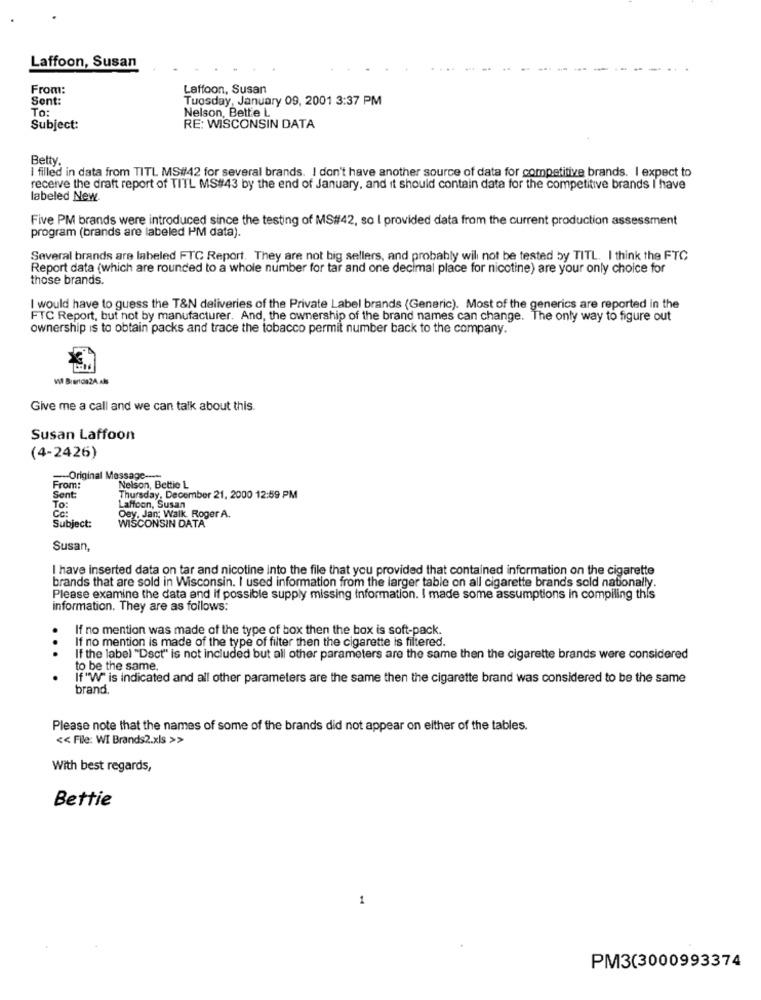
Laffoon, Susan
From:
Laffoon, Susan
Sent:
Tuesday, January 09, 2001 3:37 PM
Nelson, Bette L
To:
Subject:
RE: WISCONSIN DATA
Betty.
I filled in data from TITL MS#42 for several brands. I don't have another source of data for competitive brands. I expect to
receive the draft report of TITL MS#43 by the end of January, and it should contain data for the competitive brands I have
labeled New
Five PM brands were introduced since the testing of MS#42, so I provided data from the current production assessment
program (brands are labeled PM data).
Several brands are labeled FTC Report. They are not big sellers, and probably will not be tested by TITL. I think the FTC
Report data (which are rounded to a whole number for tar and one decimal place for nicotine) are your only choice for
those brands.
I would have to guess the T&N deliveries of the Private Label brands (Generic). Most of the generics are reported in the
FTC Report, but not by manufacturer. And, the ownership of the brand names can change. The only way to figure out
ownership is to obtain packs and trace the tobacco permit number back to the company.
Give me a call and we can talk about this.
Susan Laffoon
(4-2426)
-Original Message ----
From:
Nelson, Bettie L
Sent:
Thursday, December 21, 2000 12:59 PM
To:
Laffoon, Susan
Subject:
Dey. Jan; Walk. Roger A.
WISCONSIN DATA
Susan,
I have inserted data on tar and nicotine into the file that you provided that contained information on the cigarette
brands that are sold in Wisconsin. I used information from the larger table on all cigarette brands sold nationally.
Please examine the data and If possible supply missing information. I made some assumptions in compiling this
information. They are as follows:
If no mention was made of the type of box then the box is soft-pack.
If no mention is made of the type of filter then the cigarette is filtered.
.
If the label "Dsct" is not included but all other parameters are the same then the cigarette brands were considered
to be the same.
If "W" is indicated and all other parameters are the same then the cigarette brand was considered to be the same
brand.
Please note that the names of some of the brands did not appear on either of the tables.
<< File: WI Brands2.xls >>
With best regards,
Bettie
1
PM3(3000993374